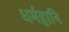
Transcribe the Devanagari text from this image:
धर्महानि